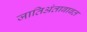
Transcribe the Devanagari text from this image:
जातिअंताबाबत